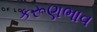
કરૂણભાવ